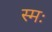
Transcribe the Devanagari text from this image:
स्मः